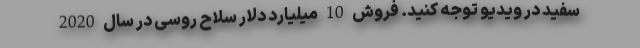
سفید در ویدیو توجه کنید. فروش 10 میلیارد دلار سلاح روسی در سال 2020